Epidemic dropsy in Calcutta - Number 45
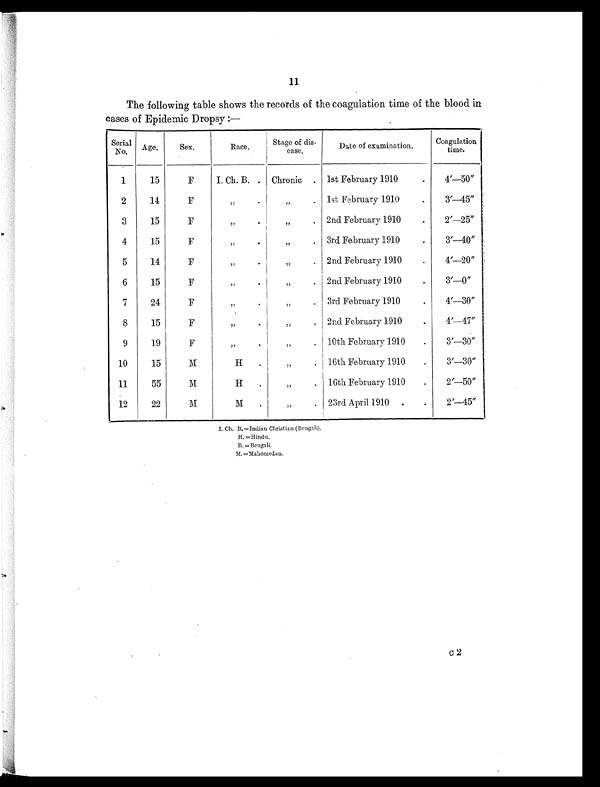
11
The following table shows the records of the coagulation time of the blood in
cases of Epidemic Dropsy :—
Serial
No.
Age.
Sex.
Race.
Stage of dis-
ease.
Date of examination.
Coagulation
time.
1
15
F
I. Ch. B. .
Chronic
.
1st February 1910
.
4'—50"
2
14
F
,,
.
,,
.
1st February 1910
.
3'—45"
3
15
F
,,
.
,,
.
2nd February 1910
.
2'—25"
4
15
F
,,
.
,,
.
3rd February 1910
.
3'—40"
5
14
F
,,
.
,,
.
2nd February 1910
.
4'—20"
6
15
F
,,
.
,,
.
2nd February 1910
.
3'—0"
7
24
F
,,
.
,,
.
3rd February 1910
.
4'—30"
8
15
F
,,
.
,,
.
2nd February 1910
.
4'—47"
9
19
F
,,
.
,,
.
10th February 1910
.
3'—30"
10
15
M
H
.
,,
. 1 16th February 1910
.
3'—30"
11
55
M
H
.
,,
.
16th February 1910
.
2'—50"
12
22
M
M
.
,,
.
23rd April 1910
.
2'—45"
I. Ch. B. =Indian Christian (Bengali).
H. =Hindu.
B. =Bengali.
M.=Mahomedan.
c 2